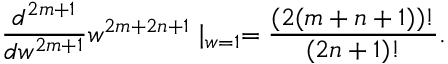
{ \frac { d ^ { 2 m + 1 } } { d w ^ { 2 m + 1 } } } w ^ { 2 m + 2 n + 1 } \mid _ { w = 1 } = { \frac { ( 2 ( m + n + 1 ) ) ! } { ( 2 n + 1 ) ! } } .